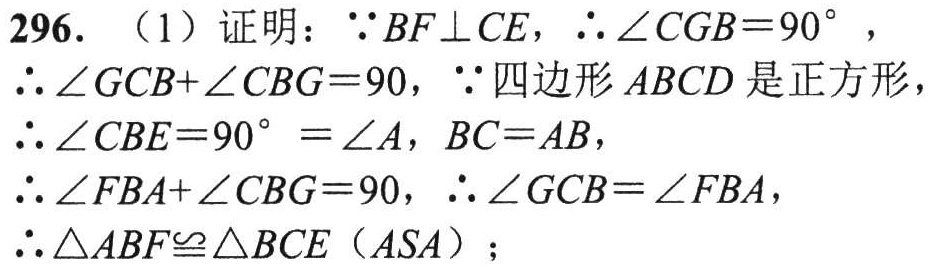
296. （1）证明：\(\because BF\perp CE\)，\(\therefore \angle CGB = 90^{\circ}\)，
\(\therefore \angle GCB+\angle CBG = 90\)，\(\because\)四边形\(ABCD\)是正方形，
\(\therefore \angle CBE = 90^{\circ}=\angle A\)，\(BC = AB\)，
\(\therefore \angle FBA+\angle CBG = 90\)，\(\therefore \angle GCB=\angle FBA\)，
\(\therefore \triangle ABF\cong\triangle BCE\)（\(ASA\)）；